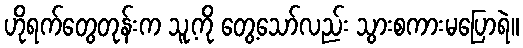
ဟိုရက်တွေတုန်းက သူ့ကို တွေ့သော်လည်း သွားစကားမပြောရဲ။